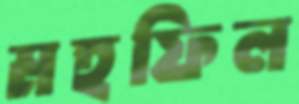
মহফিল